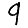
Digit: 9